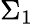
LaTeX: \Sigma_{1}